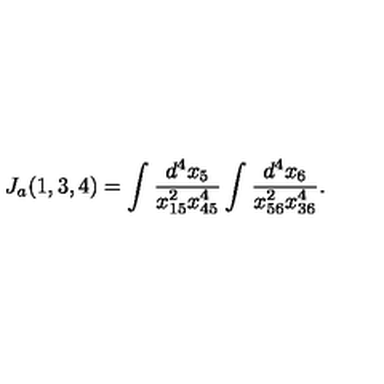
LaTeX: J _ { a } ( 1 , 3 , 4 ) = \int \frac { d ^ { 4 } x _ { 5 } } { x _ { 1 5 } ^ { 2 } x _ { 4 5 } ^ { 4 } } \int \frac { d ^ { 4 } x _ { 6 } } { x _ { 5 6 } ^ { 2 } x _ { 3 6 } ^ { 4 } } .